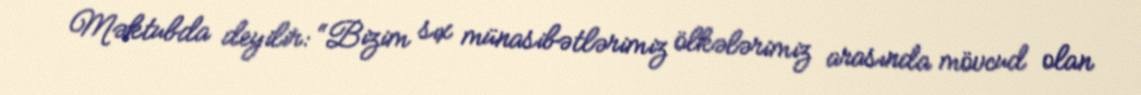
Məktubda deyilir: “Bizim sıx münasibətlərimiz ölkələrimiz arasında mövcud olan